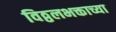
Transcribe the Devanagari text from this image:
विठ्ठलभक्ताच्या